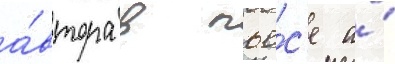
а́втора в пье́с'е а́